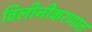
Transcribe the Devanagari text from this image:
विलीनीकरणात